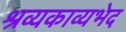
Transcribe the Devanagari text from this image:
श्रव्यकाव्यभेद